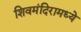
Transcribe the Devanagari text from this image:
शिवमंदिरामध्ये